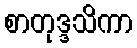
စာတုဒ္ဒသိကာ